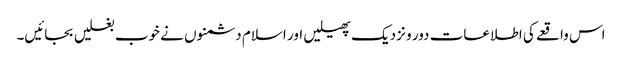
اس واقعے کی اطلاعات دور و نزدیک پھیلیں اور اسلام دشمنوں نے خوب بغلیں بجائیں۔